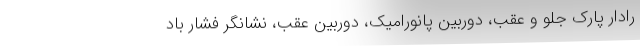
رادار پارک جلو و عقب، دوربین پانورامیک، دوربین عقب، نشانگر فشار باد